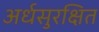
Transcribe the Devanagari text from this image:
अर्धसुरक्षित